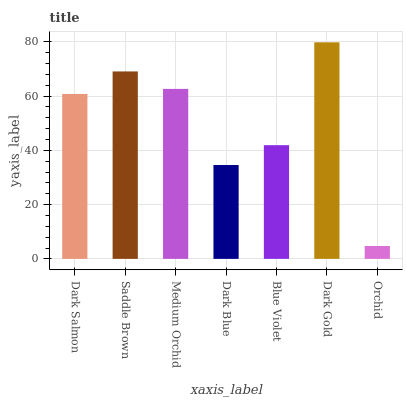
| xaxis_label | bars |
 | --- | --- |
 | Dark Salmon | 60.8 |
 | Saddle Brown | 69.1 |
 | Medium Orchid | 62.7 |
 | Dark Blue | 34.6 |
 | Blue Violet | 41.9 |
 | Dark Gold | 79.8 |
 | Orchid | 4.75 |